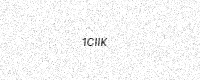
Text: 1CIIK